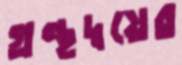
গ্রন্থদ্বয়ের